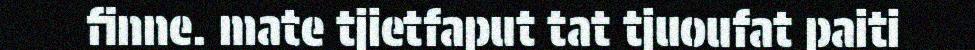
finne. mate tjietfaput tat tjuoufat paiti